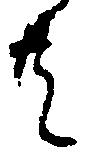
共